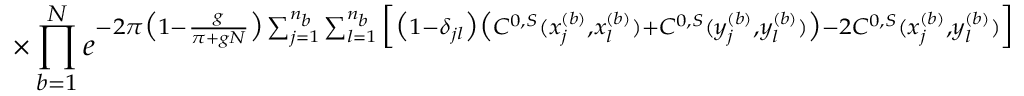
\times \prod _ { b = 1 } ^ { N } e ^ { - 2 \pi \big ( 1 - \frac { g } { \pi + g N } \big ) \sum _ { j = 1 } ^ { n _ { b } } \sum _ { l = 1 } ^ { n _ { b } } \Big [ \big ( 1 - \delta _ { j l } \big ) \big ( C ^ { 0 , S } ( x _ { j } ^ { ( b ) } , x _ { l } ^ { ( b ) } ) + C ^ { 0 , S } ( y _ { j } ^ { ( b ) } , y _ { l } ^ { ( b ) } ) \big ) - 2 C ^ { 0 , S } ( x _ { j } ^ { ( b ) } , y _ { l } ^ { ( b ) } ) \Big ] }